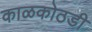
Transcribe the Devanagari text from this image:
काळकोठडी